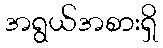
အရွယ်အစားရှိ